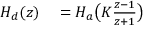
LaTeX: \begin{array} { r l } { H _ { d } ( z ) } & { { } = H _ { a } { \bigl ( } K { \frac { z - 1 } { z + 1 } } { \bigr ) } } \end{array}